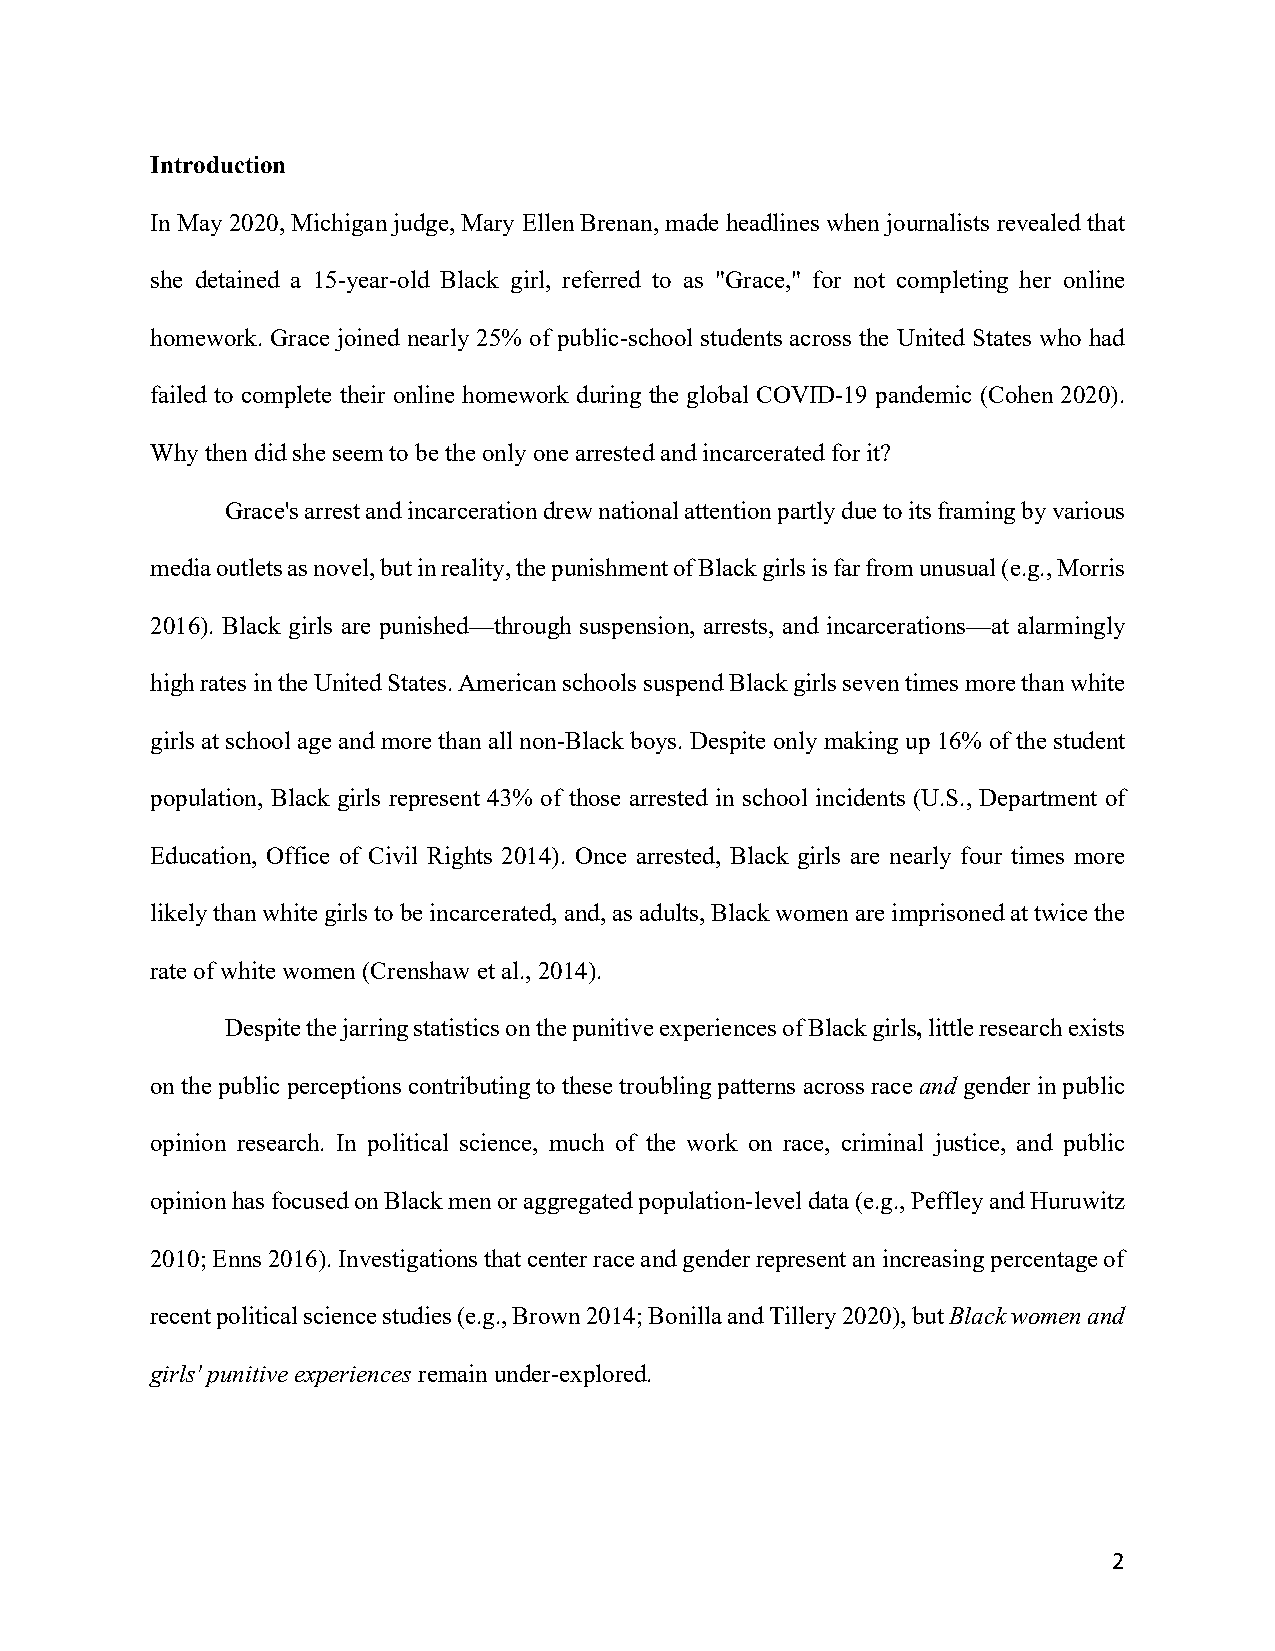
Introduction
 In May 2020, Michigan judge, Mary Ellen Brenan, made headlines when journalists revealed that
 she detained a 15-year-old Black girl, referred to as "Grace," for not completing her online
 homework. Grace joined nearly 25% of public-school students across the United States who had
 failed to complete their online homework during the global COVID-19 pandemic (Cohen 2020).
 Why then did she seem to be the only one arrested and incarcerated for it?
 Grace's arrest and incarceration drew national attention partly due to its framing by various
 media outlets as novel, but in reality, the punishment of Black girls is far from unusual (e.g., Morris
 2016). Black girls are punished—through suspension, arrests, and incarcerations—at alarmingly
 high rates in the United States. American schools suspend Black girls seven times more than white
 girls at school age and more than all non-Black boys. Despite only making up 16% of the student
 population, Black girls represent 43% of those arrested in school incidents (U.S., Department of
 Education, Office of Civil Rights 2014). Once arrested, Black girls are nearly four times more
 likely than white girls to be incarcerated, and, as adults, Black women are imprisoned at twice the
 rate of white women (Crenshaw et al., 2014).
 Despite the jarring statistics on the punitive experiences of Black girls, little research exists
 on the public perceptions contributing to these troubling patterns across race and gender in public
 opinion research. In political science, much of the work on race, criminal justice, and public
 opinion has focused on Black men or aggregated population-level data (e.g., Peffley and Huruwitz
 2010; Enns 2016). Investigations that center race and gender represent an increasing percentage of
 recent political science studies (e.g., Brown 2014; Bonilla and Tillery 2020), but Black women and
 girls' punitive experiences remain under-explored.
 2